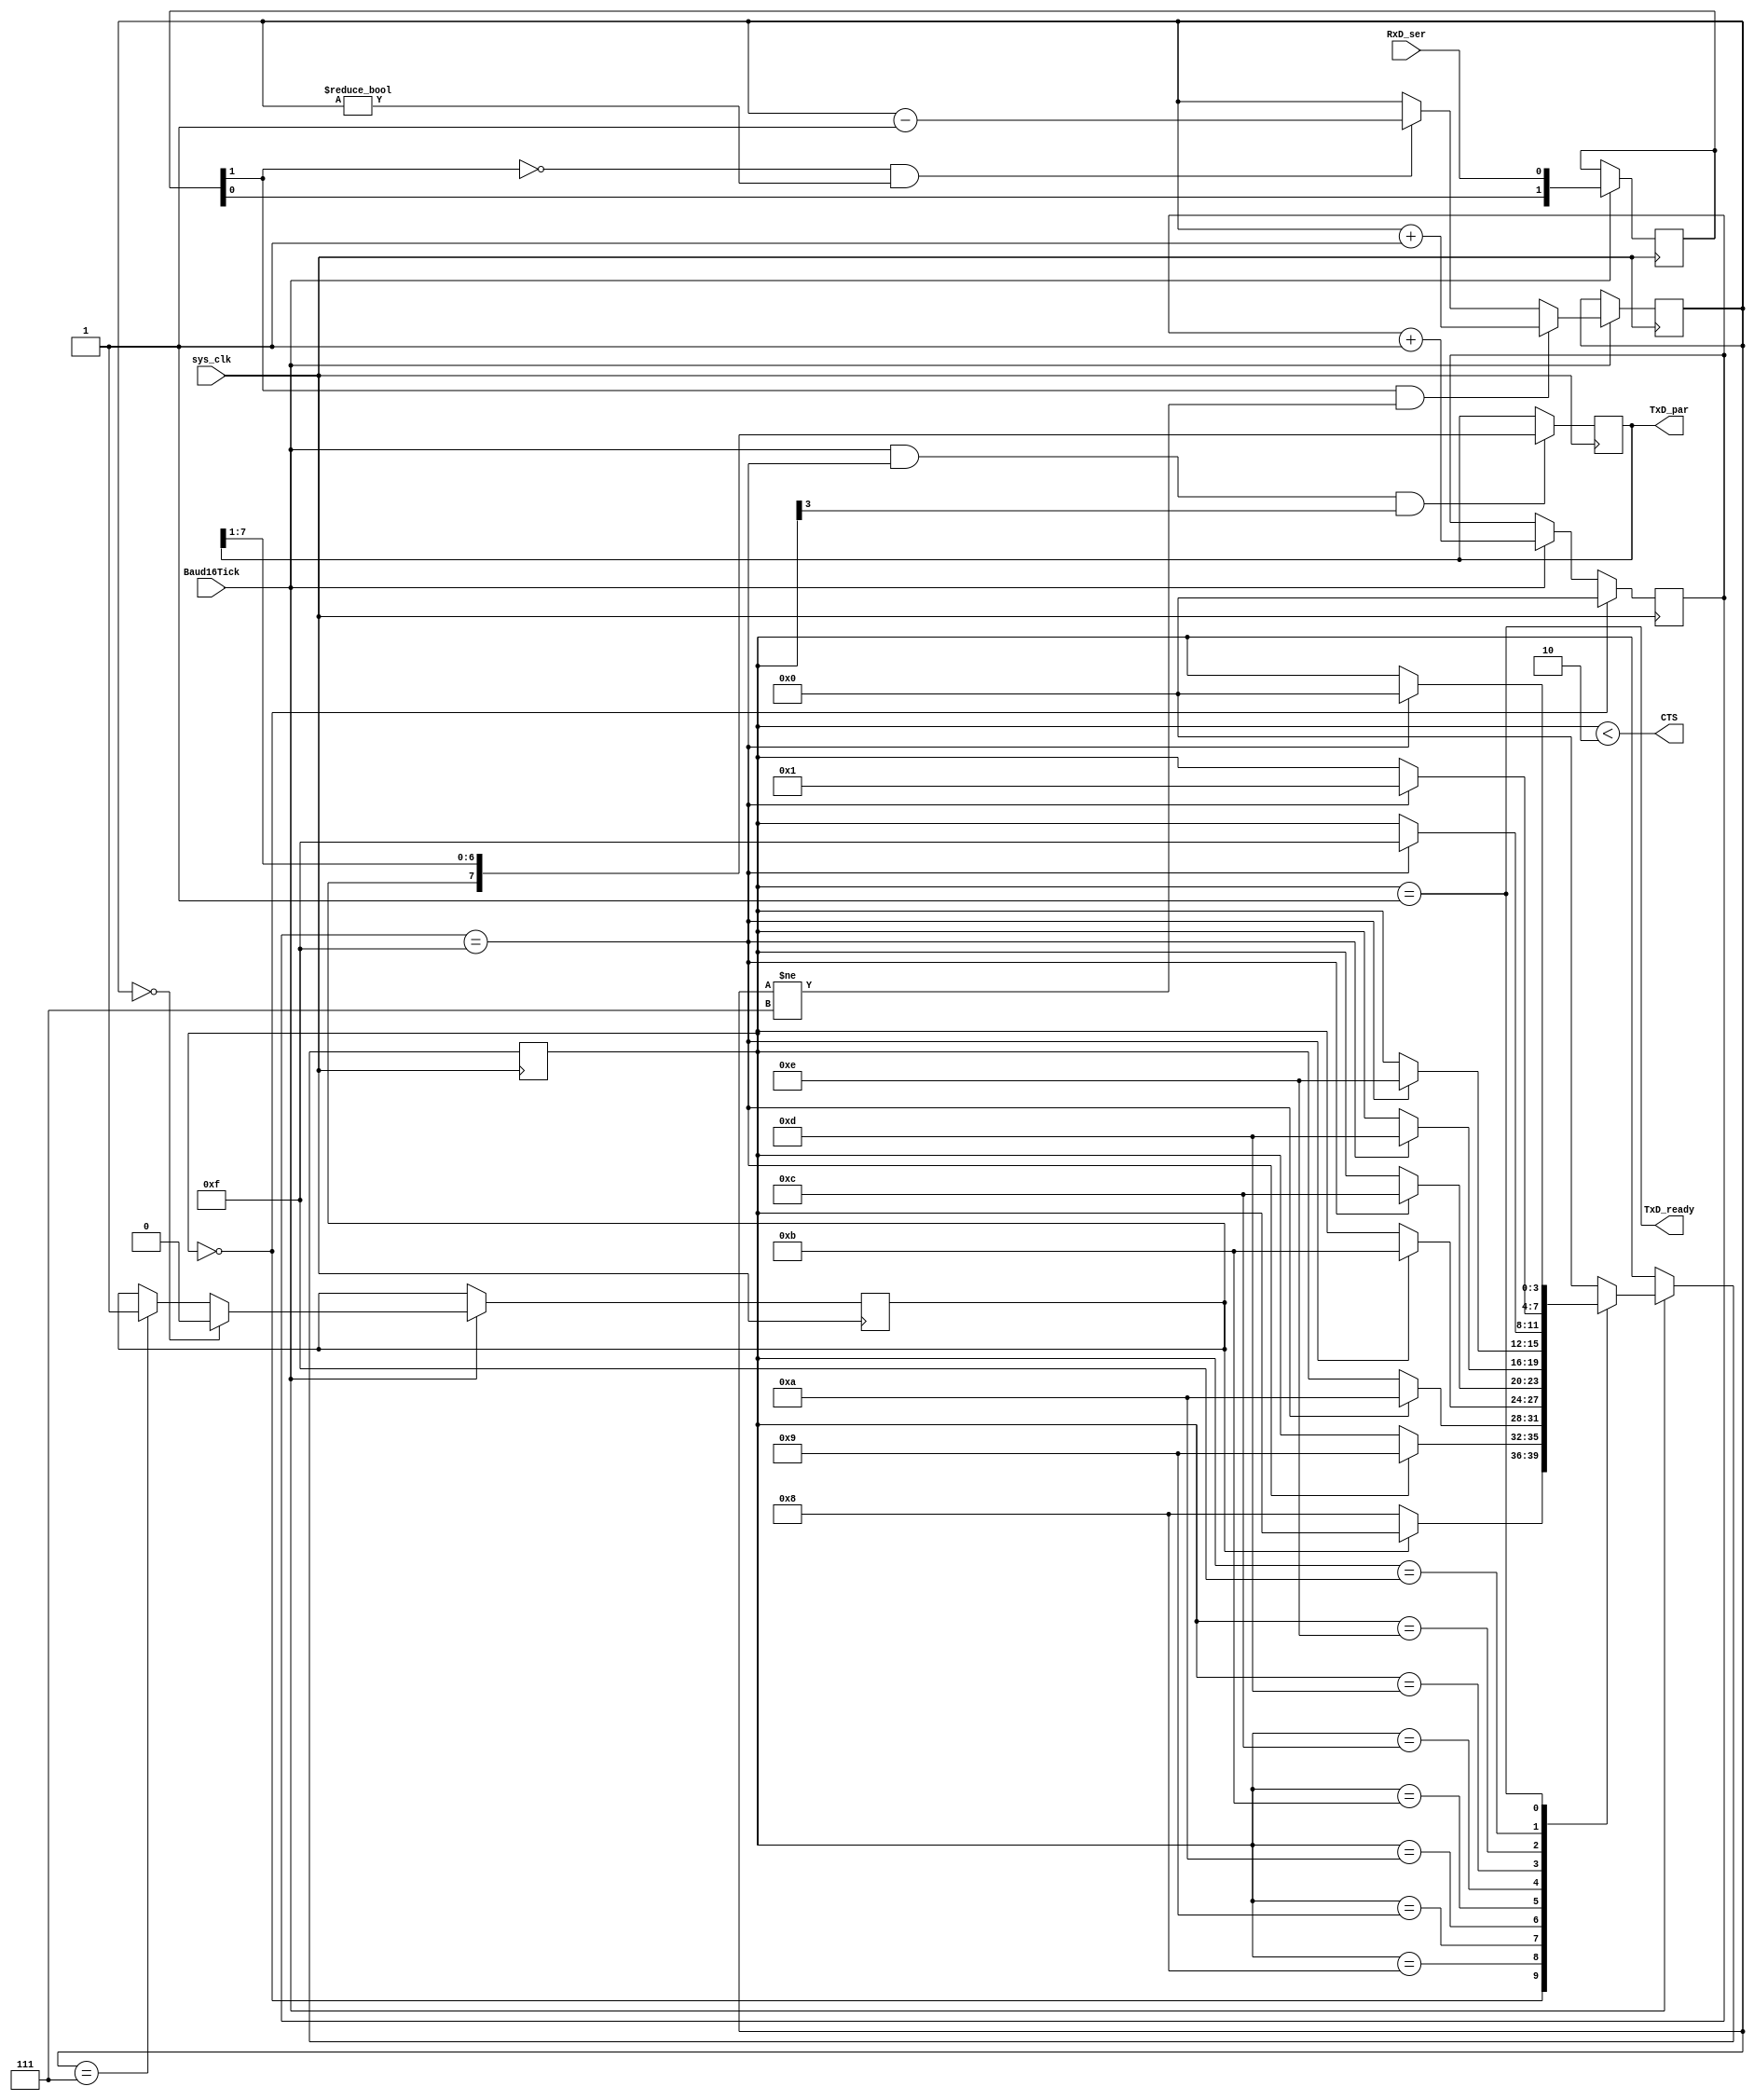
module UART_RX_4(
    input RxD_ser,
	 output CTS, 
	 input sys_clk,
	 input Baud16Tick, 
    output reg [7:0] TxD_par, 
    output TxD_ready
    );
	reg [1:0] RxD_sync;
	always @(posedge sys_clk) if(Baud16Tick) RxD_sync <= {RxD_sync[0], RxD_ser};
	reg [2:0] RxD_cnt=7;
	reg RxD_bit;
	always @(posedge sys_clk)
	if(Baud16Tick)
	begin
		if(RxD_sync[1] && RxD_cnt!=3'b111) RxD_cnt <= RxD_cnt + 1; 
		else if(~RxD_sync[1] && RxD_cnt!=3'b000) RxD_cnt <= RxD_cnt - 1; 
		if(RxD_cnt==3'b000) RxD_bit <= 0;
		else if(RxD_cnt==3'b111) RxD_bit <= 1;
	end
	reg [3:0] state=0;
	always @(posedge sys_clk)
	if(Baud16Tick)
	case(state)
		4'b0000: if(~RxD_bit) state <= 4'b1000; 
		4'b1000: if(next_bit) state <= 4'b1001; 
		4'b1001: if(next_bit) state <= 4'b1010; 
		4'b1010: if(next_bit) state <= 4'b1011; 
		4'b1011: if(next_bit) state <= 4'b1100; 
		4'b1100: if(next_bit) state <= 4'b1101; 
		4'b1101: if(next_bit) state <= 4'b1110; 
		4'b1110: if(next_bit) state <= 4'b1111; 
		4'b1111: if(next_bit) state <= 4'b0001; 
		4'b0001: if(next_bit) state <= 4'b0000; 
		default: state <= 4'b0000;
	endcase
	assign CTS = (state<2); 
	reg [3:0] bit_spacing;
	always @(posedge sys_clk)
	if(state==0)
		bit_spacing <= 0;
	else
	if(Baud16Tick) bit_spacing <= bit_spacing + 1;
	wire next_bit = (bit_spacing==15);
	assign TxD_ready = (state==1);
	always @(posedge sys_clk) if(Baud16Tick && next_bit && state[3]) TxD_par <= {RxD_bit, TxD_par[7:1]};
endmodule